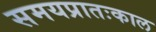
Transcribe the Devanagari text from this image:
समयप्रातःकाल